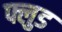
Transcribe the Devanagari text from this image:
फ्लुड